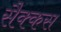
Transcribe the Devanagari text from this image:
सैक्कस